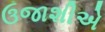
ઉજાશીએ